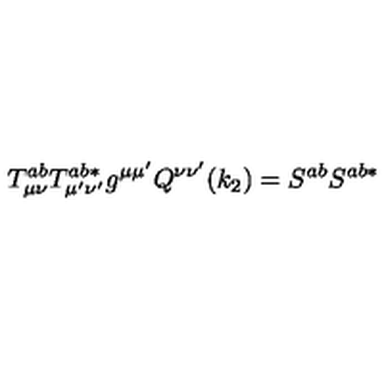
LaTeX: T _ { \mu \nu } ^ { a b } T _ { \mu ^ { \prime } \nu ^ { \prime } } ^ { a b * } g ^ { \mu \mu ^ { \prime } } Q ^ { \nu \nu ^ { \prime } } ( k _ { 2 } ) = S ^ { a b } S ^ { a b * }